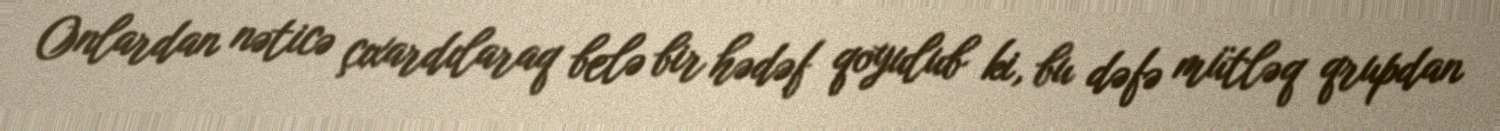
Onlardan nəticə çıxardılaraq belə bir hədəf qoyulub ki, bu dəfə mütləq qrupdan